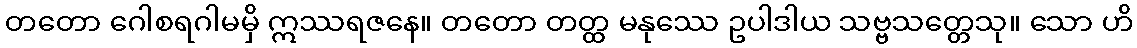
တတော ဂေါစရဂါမမှိ ဣဿရဇနေ။ တတော တတ္ထ မနုဿေ ဥပါဒါယ သဗ္ဗသတ္တေသု။ သော ဟိ